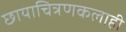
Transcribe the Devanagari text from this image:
छायाचित्रणकलाही